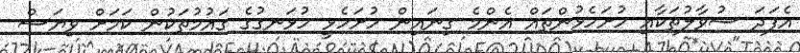
އެފަދަ ސުވާލުތަކާއި ހުށަހެޅުންތައް އެންމެ ގިނައިން ހުށަހެޅީ ހުޅަނގުގެ ގައުމުތަކުން ކަމަށް ވިޔަސް